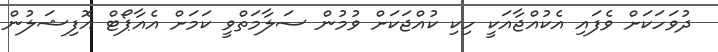
ދުވަހަކަށް ވެފައި އެކުއްޖާއަކީ ހިކި ކުއްޖަކަށް ވުމުން ސަލާމަތްވީ ކަމަށް އެއާޕޯޓް އޮފިޝަލުން